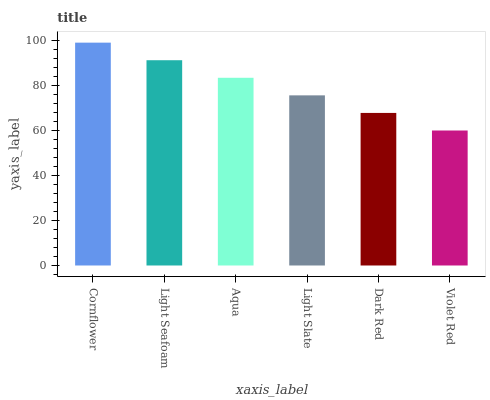
| xaxis_label | bars |
 | --- | --- |
 | Cornflower | 99 |
 | Light Seafoam | 91.2 |
 | Aqua | 83.4 |
 | Light Slate | 75.6 |
 | Dark Red | 67.8 |
 | Violet Red | 60 |